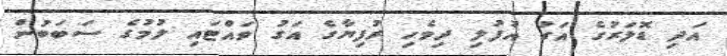
އަދި ޑޮލަރުގެ އަގު އުފުލި ދިވެހި ރުފިޔާގެ އަގު ވައްޓައި ލުމުގެ ސަބަބުން